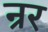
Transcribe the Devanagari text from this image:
न्रर